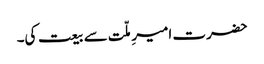
حضرت امیرِ ملّت سے بیعت کی۔